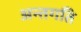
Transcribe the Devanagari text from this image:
अन्तगति